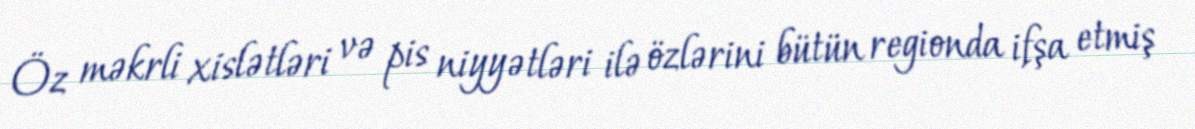
Öz məkrli xislətləri və pis niyyətləri ilə özlərini bütün regionda ifşa etmiş